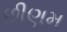
છીણમ